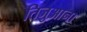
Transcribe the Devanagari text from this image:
तिजुआना